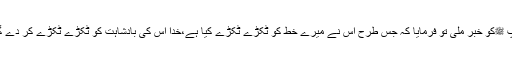
آپ ﷺکو خبر ملی تو فرمایا کہ جس طرح اس نے میرے خط کو ٹکڑے ٹکڑے کیا ہے،خدا اس کی بادشاہت کو ٹکڑے ٹکڑے کر دے گا۔